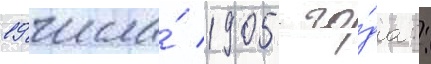
19 числа́ 1905 го́да::